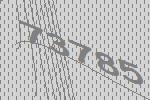
73785